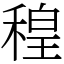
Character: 䅣